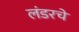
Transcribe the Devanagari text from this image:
लंडरचे